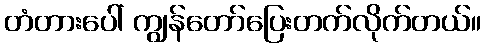
တံတားပေါ် ကျွန်တော်ပြေးတက်လိုက်တယ်။